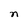
Character: n